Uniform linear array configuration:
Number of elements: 16
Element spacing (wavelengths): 0.75
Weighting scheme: exponential
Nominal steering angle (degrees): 0
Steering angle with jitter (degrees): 0.768
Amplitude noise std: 0.05
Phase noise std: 0.05

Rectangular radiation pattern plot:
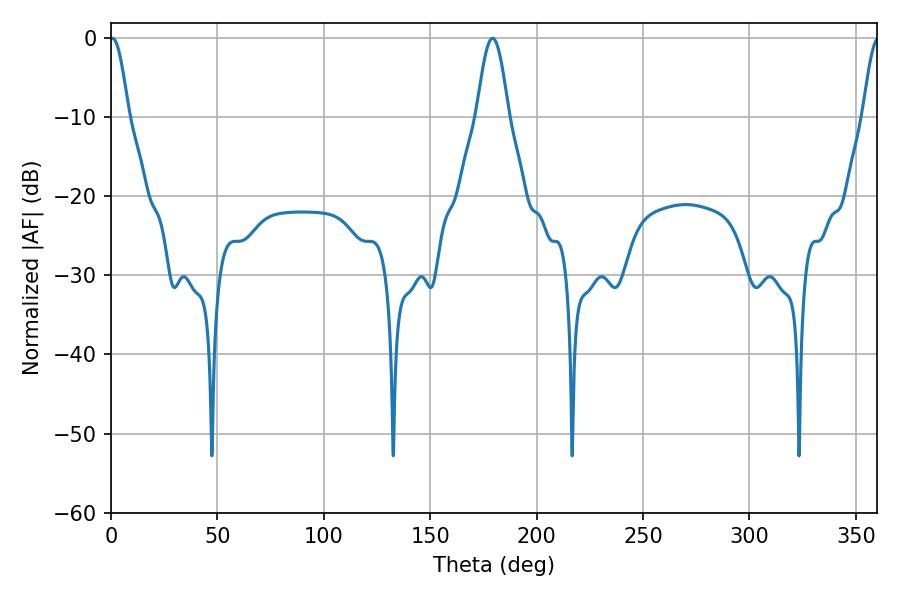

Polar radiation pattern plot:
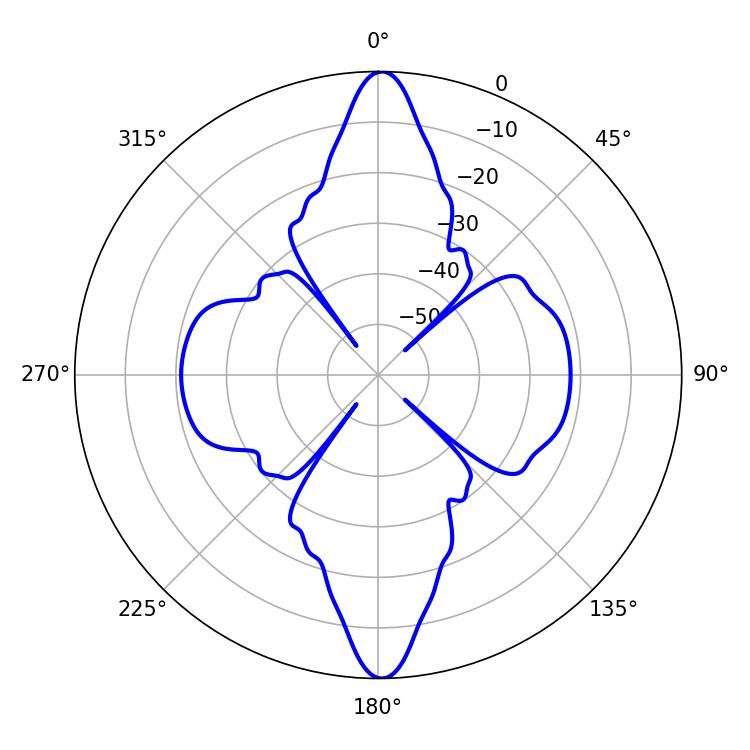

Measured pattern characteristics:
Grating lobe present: TRUE
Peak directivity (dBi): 26.854
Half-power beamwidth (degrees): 4.68
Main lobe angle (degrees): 0.72